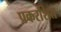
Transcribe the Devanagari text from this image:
प्रकरशित